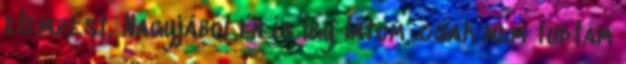
elemzést. Nagyjából én is így látom, csak nem tudtam